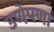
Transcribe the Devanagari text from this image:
उणेपणा